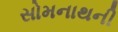
સોમનાથની